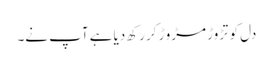
دل کو تڑوڑ مڑو ڑ کر رکھ دیا ہے آپ نے۔